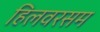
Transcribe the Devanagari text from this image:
हिलवरसम